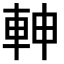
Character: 𨋙